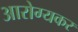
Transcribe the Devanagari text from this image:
आरोग्यकर